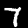
Digit: 7